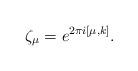
LaTeX: \begin{align*} \zeta_\mu = e^{2\pi i [ \mu, k ]} . \end{align*}